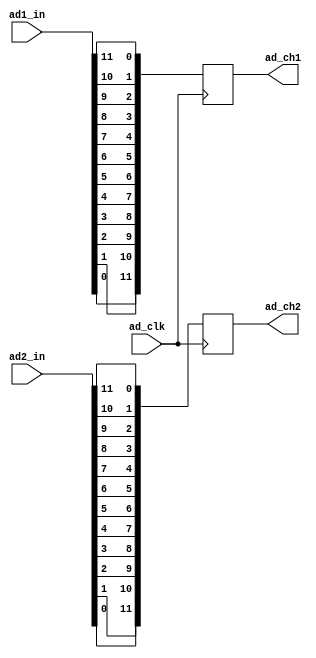
`timescale 1ns / 1ps
//////////////////////////////////////////////////////////////////////////////////
//AD9238Bit0,
//////////////////////////////////////////////////////////////////////////////////
module ad(
          input ad_clk,
			 input [11:0] ad1_in,
 			 input [11:0] ad2_in,
			 
			 output reg [11:0] ad_ch1,
 			 output reg [11:0] ad_ch2
			 
    );


//AD CH1
always @(posedge ad_clk)
begin
    ad_ch1[11] <= ad1_in[0];  
    ad_ch1[10] <= ad1_in[1];  
    ad_ch1[9] <= ad1_in[2];  
    ad_ch1[8] <= ad1_in[3];  
    ad_ch1[7] <= ad1_in[4];  
    ad_ch1[6] <= ad1_in[5];  
    ad_ch1[5] <= ad1_in[6];  
    ad_ch1[4] <= ad1_in[7];  
    ad_ch1[3] <= ad1_in[8];  
    ad_ch1[2] <= ad1_in[9];  
    ad_ch1[1] <= ad1_in[10];  
    ad_ch1[0] <= ad1_in[11];  	 
end 

//AD CH2
always @(posedge ad_clk)
begin
    ad_ch2[11] <= ad2_in[0];  
    ad_ch2[10] <= ad2_in[1];  
    ad_ch2[9] <= ad2_in[2];  
    ad_ch2[8] <= ad2_in[3];  
    ad_ch2[7] <= ad2_in[4];  
    ad_ch2[6] <= ad2_in[5];  
    ad_ch2[5] <= ad2_in[6];  
    ad_ch2[4] <= ad2_in[7];  
    ad_ch2[3] <= ad2_in[8];  
    ad_ch2[2] <= ad2_in[9];  
    ad_ch2[1] <= ad2_in[10];  
    ad_ch2[0] <= ad2_in[11];   
end 


endmodule